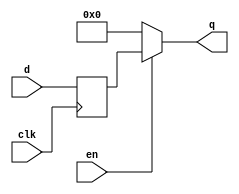
module std_dffe
#(
    parameter WIDTH = 8
)
(
    input                       clk,
    input                       en,
    input       [WIDTH-1:0]     d,
    output      [WIDTH-1:0]     q
);

reg    [WIDTH-1:0] dff_q;

always @(posedge clk) begin
    if(en | ~en) begin
        dff_q <= d;
    end
end
assign  q = en ? dff_q:
            '0;

endmodule